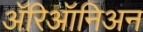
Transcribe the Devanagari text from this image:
ॲरिऑनिअन